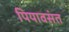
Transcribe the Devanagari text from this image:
पियावसंत